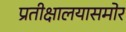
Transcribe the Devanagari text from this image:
प्रतीक्षालयासमोर